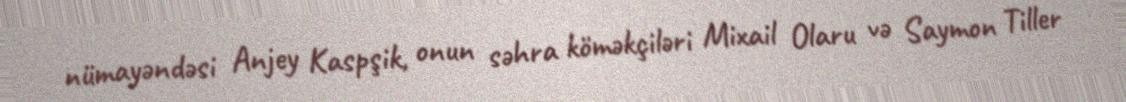
nümayəndəsi Anjey Kaspşik, onun səhra köməkçiləri Mixail Olaru və Saymon Tiller